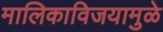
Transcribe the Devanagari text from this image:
मालिकाविजयामुळे